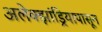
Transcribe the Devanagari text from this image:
अलेक्झांड्रियापासून